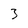
Character: 3